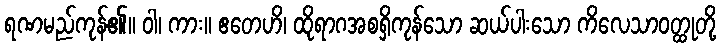
ရဏမည်ကုန်၏။ ဝါ၊ ကား။ ဧတေဟိ၊ ထိုရာဂအစရှိကုန်သော ဆယ်ပါးသော ကိလေသာဝတ္ထုတို့